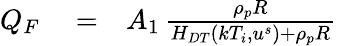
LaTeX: \begin{array}{rlr}{Q_{F}}&{{}=}&{A_{1}\, \frac{\rho_{p}R}{H_{DT}\left(kT_{i},u^{s}\right)+\rho_{p}R}}\end{array}